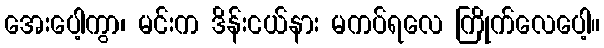
အေးပေါ့ကွာ၊ မင်းက ဒိန်းငယ်နား မကပ်ရလေ ကြိုက်လေပေါ့။